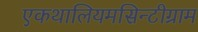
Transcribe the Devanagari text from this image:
एकथालियमसिन्टीग्राम